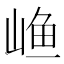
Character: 𱛴